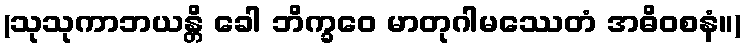
(သုသုကာဘယန္တိ ခေါ ဘိက္ခဝေ မာတုဂါမဿေတံ အဓိဝစနံ။)